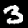
Digit: 3